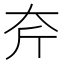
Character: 𡗲